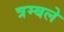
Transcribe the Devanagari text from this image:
त्रम्बले